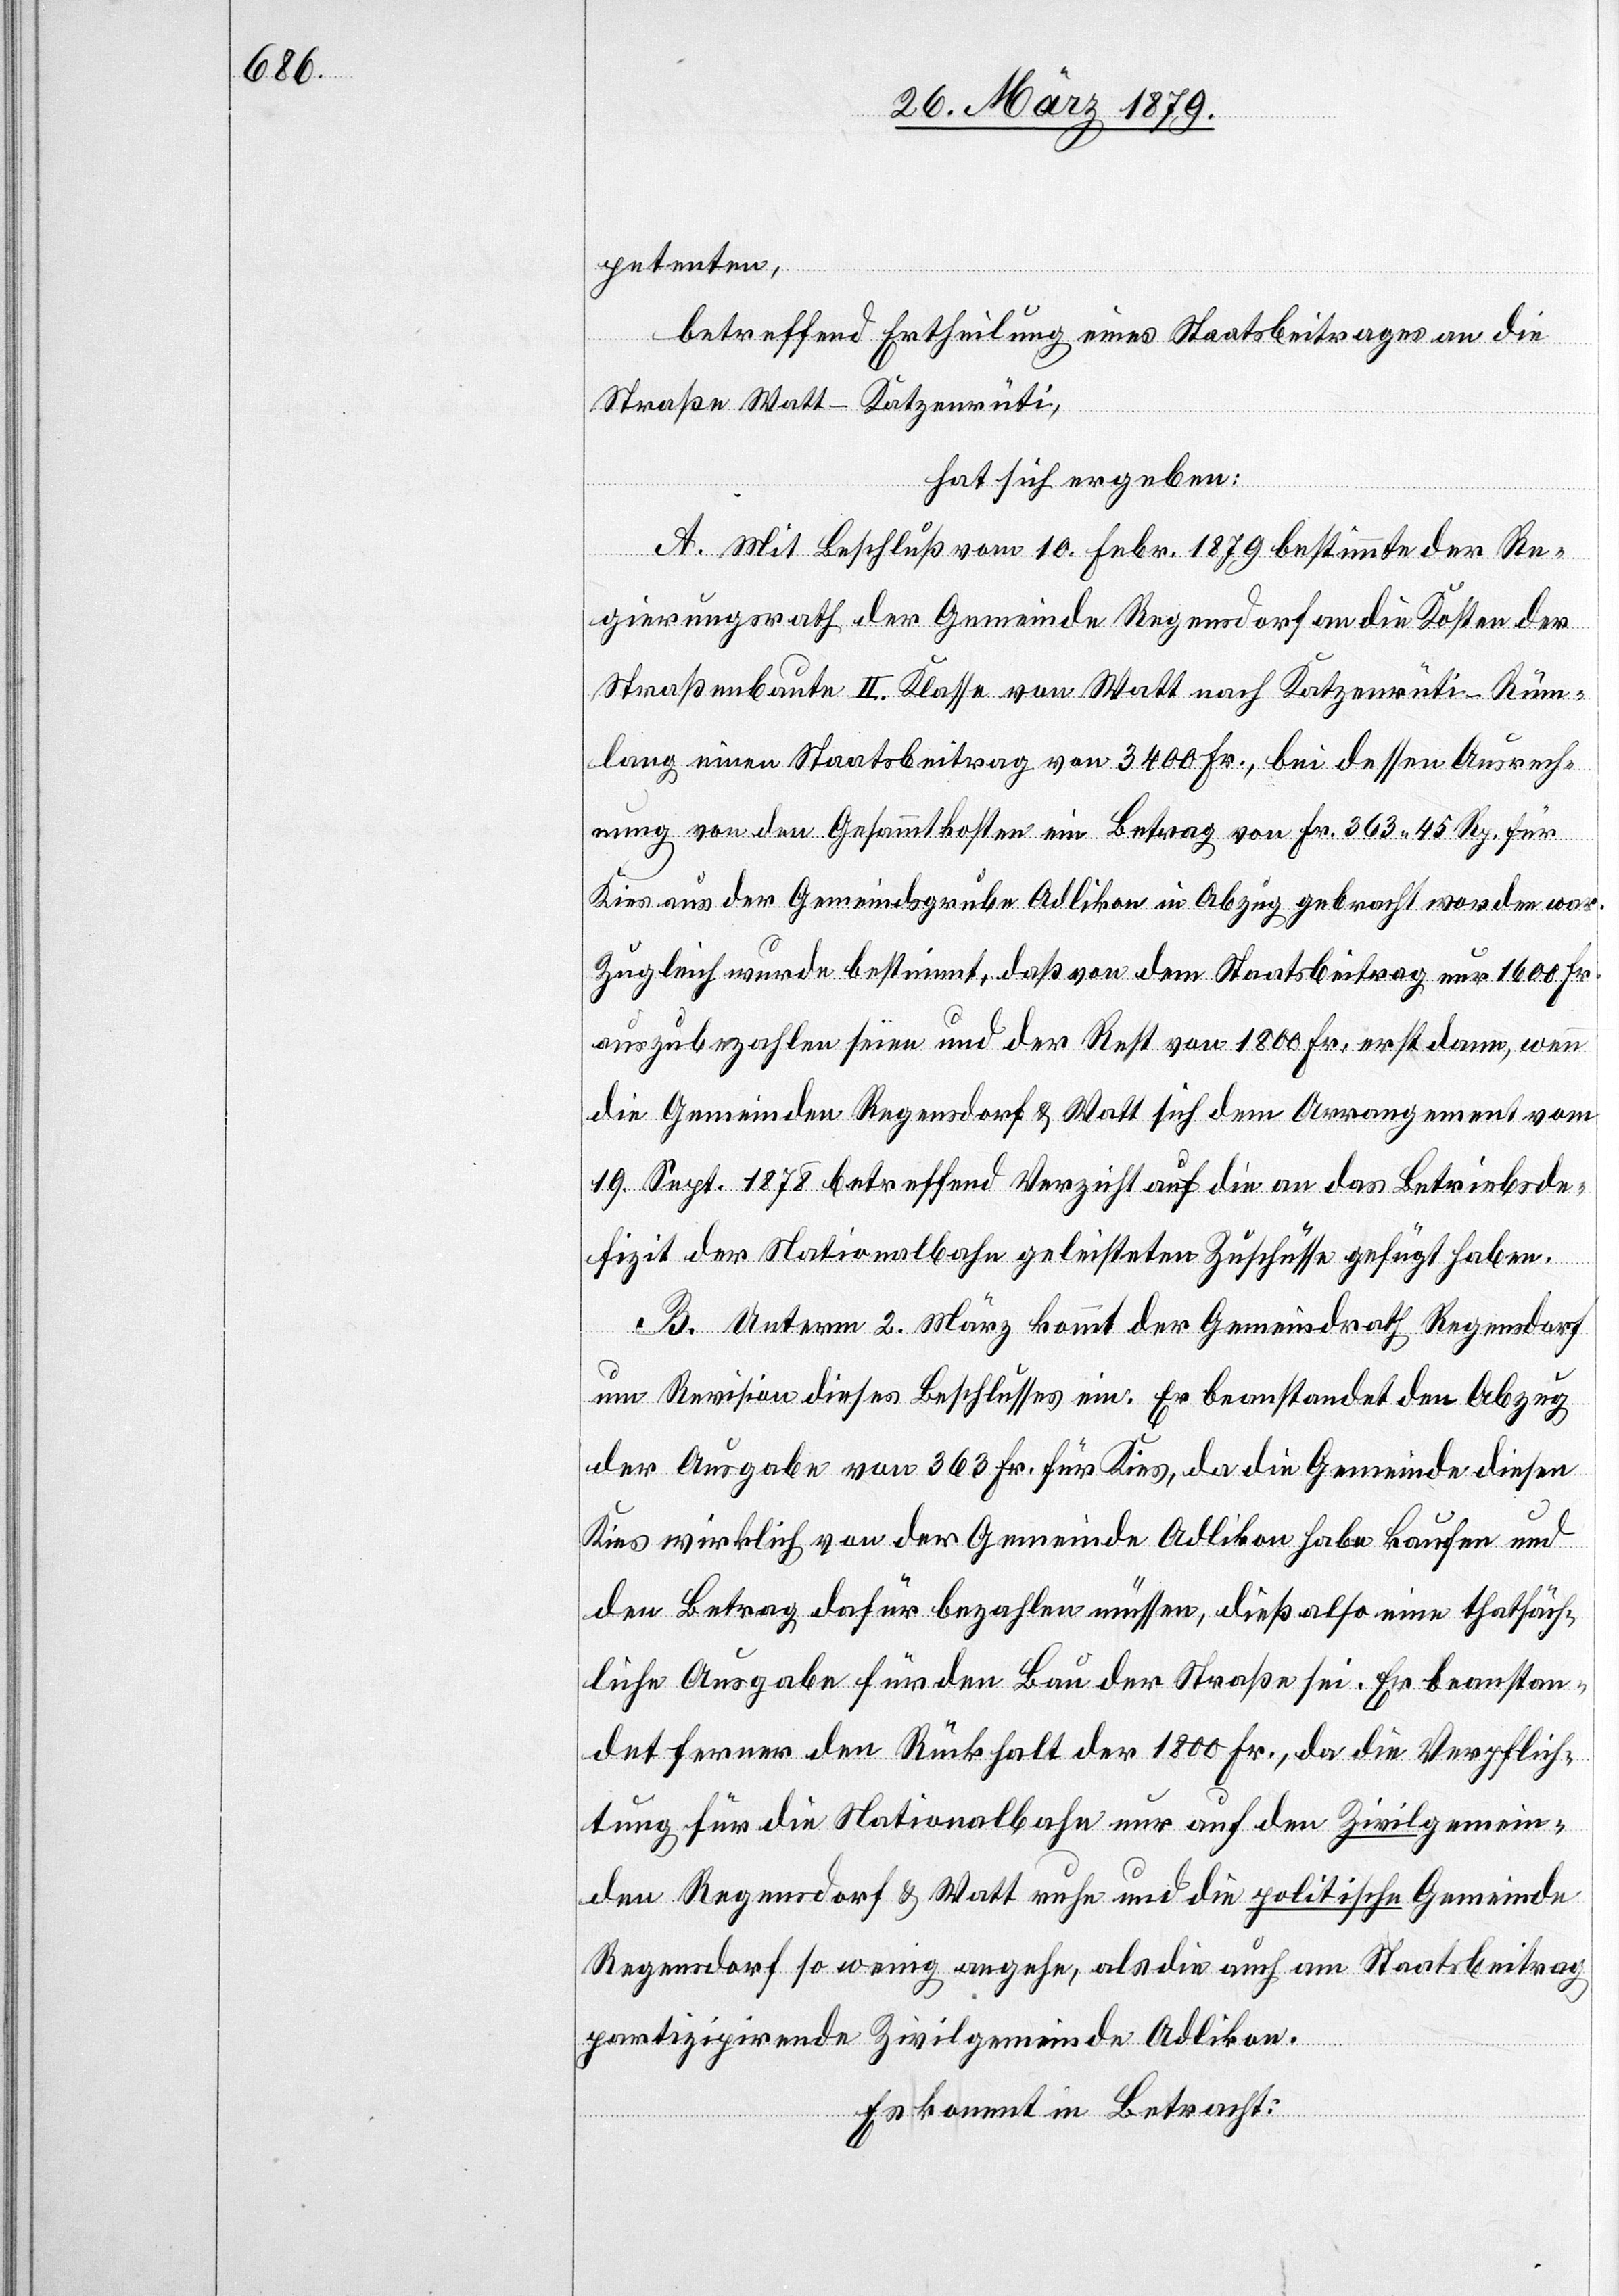
petenten,
betreffend Ertheilung eines Staatsbeitrages an die
Straße Watt–Katzenrüti,
hat sich ergeben:
A. Mit Beschluß vom 10. Febr. 1879 bestimmte der Re¬
gierungsrath der Gemeinde Regensdorf an die Kosten der
Straßenbaute II. Klasse von Watt nach Katzenrüti - Rüm¬
lang einen Staatsbeitrag von 3400 Fr., bei dessen Ausrech¬
nung von den Gesammtkosten ein Betrag von Fr. 363 45 Rp. für
Kies aus der Gemeindsgrube Adlikon in Abzug gebracht worden war.
Zugleich wurde bestimmt, daß von dem Staatsbeitrag nur 1600 Fr.
auszubezahlen seien und der Rest von 1800 Fr. erst dann, wenn
die Gemeinden Regensdorf & Watt sich dem Arrangement vom
19. Sept. 1878 betreffend Verzicht auf die an das Betriebsde¬
fizit der Nationalbahn geleisteten Zuschüsse gefügt haben.
B. Unterm 2. März kommt der Gemeindrath Regensdorf
um Revision dieses Beschlusses ein. Er beanstandet den Abzug
der Ausgabe von 363 Fr. für Kies, da die Gemeinde diesen
Kies wirklich von der Gemeinde Adlikon habe kaufen und
den Betrag dafür bezahlen müssen, dieß also eine thatsäch¬
liche Ausgabe für den Bau der Straße sei. Er beanstan¬
det ferner den Rückhalt der 1800 Fr., da die Verpflich¬
tung für die Nationalbahn nur auf den Zivilgemein¬
den Regensdorf & Watt ruhe und die politische Gemeinde
Regensdorf so wenig angehe, als die auch am Staatsbeitrag
partizipirende Zivilgemeinde Adlikon.
Es kommt in Betracht: